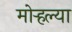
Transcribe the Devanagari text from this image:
मोर्‍हल्या